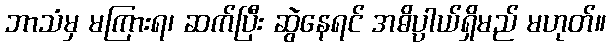
ဘာသံမှ မကြားရ၊ ဆက်ပြီး ဆွဲနေရင် အဓိပ္ပာယ်ရှိမည် မဟုတ်။